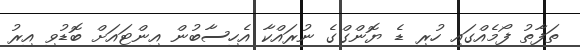
ތަފާތު ފޯމެއްގައި ހުރި ޑެ ޔޮންގްގެ ނުރައްކާ އެހިސާބުން އިންޓައަށް ބޮޑުވި އިރު